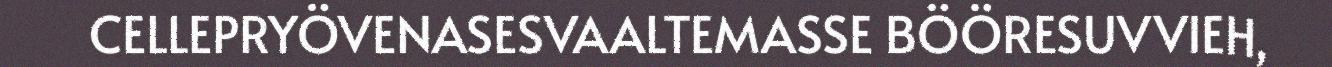
CELLEPRYÖVENASESVAALTEMASSE BÖÖRESUVVIEH,